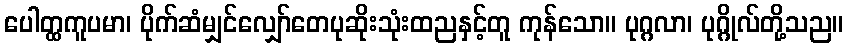
ပေါတ္ထကူပမာ၊ ပိုက်ဆံမျှင်လျှော်တေပုဆိုးသုံးထညနှင့်တူ ကုန်သော။ ပုဂ္ဂလာ၊ ပုဂ္ဂိုလ်တို့သည။